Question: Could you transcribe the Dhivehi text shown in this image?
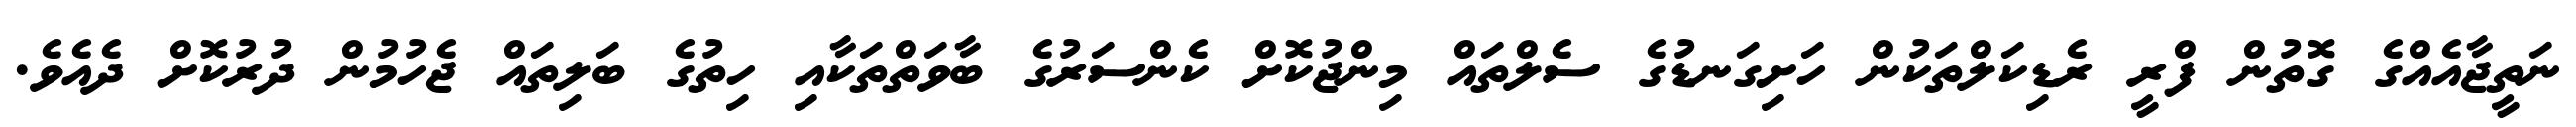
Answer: ނަތީޖާއެއްގެ ގޮތުން ފްރީ ރެޑިކަލްތަކުން ހަށިގަނޑުގެ ސެލްތައް މިންޖުކޮށް ކެންސަރުގެ ބާވަތްތަކާއި ހިތުގެ ބަލިތައް ޖެހުމުން ދުރުކޮށް ދެއެވެ.